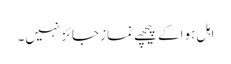
اہل ہوا کے پیچھے نماز جائز نہیں۔